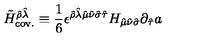
\tilde { H } _ { \mathrm { c o v . } } ^ { \hat { \rho } \hat { \lambda } } \equiv { \frac { 1 } { 6 } } \epsilon ^ { \hat { \rho } \hat { \lambda } \hat { \mu } \hat { \nu } \hat { \sigma } \hat { \tau } } H _ { \hat { \mu } \hat { \nu } \hat { \sigma } } \partial _ { \hat { \tau } } a